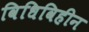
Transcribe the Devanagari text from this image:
विधिविहीन